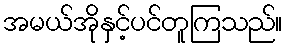
အမယ်အိုနှင့်ပင်တူကြသည်။